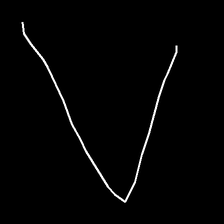
Glyph: region